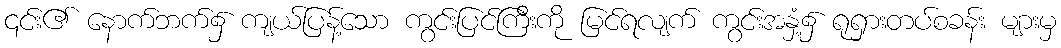
၎င်း၏ နောက်ဘက်၌ ကျယ်ပြန့်သော ကွင်းပြင်ကြီးကို မြင်ရလျက် ကွင်းအနှံ့၌ ရုရှားတပ်စခန်း များမှ